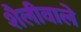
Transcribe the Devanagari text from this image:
शैलीवाले